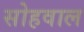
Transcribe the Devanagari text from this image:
सोहवाल